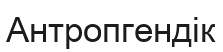
Антропгендік